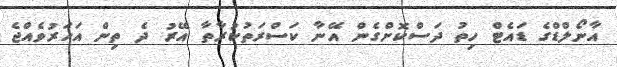
އާނޯލްޑްގެ ޑައެޓް ހިތު ދަސްކޮށްގެން އޭނާ ކަސްރަތުކުރާތާ އޭރު ދެ ތިން އަހަރުވެއްޖެ